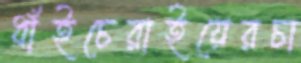
ধাঁইচেরাইয়েরচা